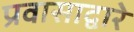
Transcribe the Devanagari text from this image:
प्रवासाद्वारे